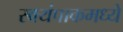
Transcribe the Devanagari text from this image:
स्वयंपाकमध्ये